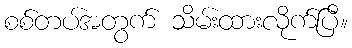
စစ်တပ်အတွက် သိမ်းထားလိုက်ပြီ။